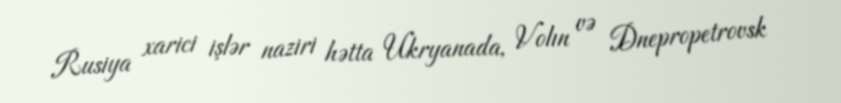
Rusiya xarici işlər naziri hətta Ukryanada, Volın və Dnepropetrovsk